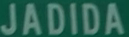
JADIDA